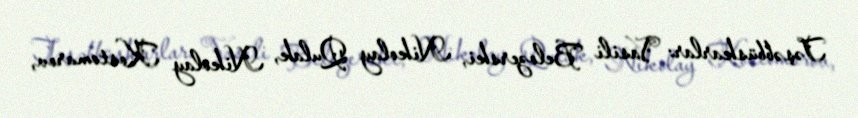
Təşəbbüskarlar: Vasili Belozerski, Nikolay Qulak, Nikolay Kostomarov,